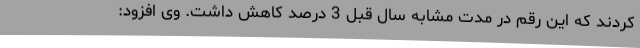
کردند که این رقم در مدت مشابه سال قبل 3 درصد کاهش داشت. وی افزود: